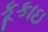
કૂકાઇ